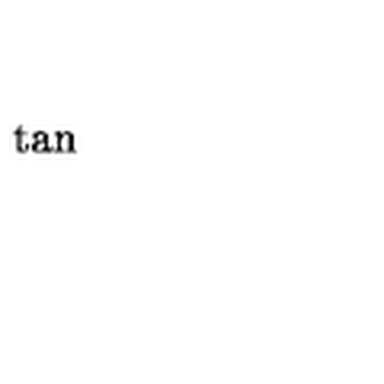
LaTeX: \tan